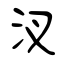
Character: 汊